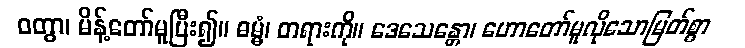
ဝတွာ၊ မိန့်တော်မူပြီး၍။ ဓမ္မံ၊ တရားကို။ ဒေသေန္တော၊ ဟောတော်မူလိုသောမြတ်စွာ